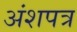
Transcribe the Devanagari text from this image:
अंशपत्र